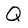
Character: Q